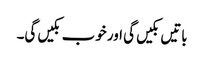
باتیں بکیں گی اور خوب بکیں گی۔